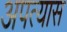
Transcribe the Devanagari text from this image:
अपत्यास